Indian Medical Review
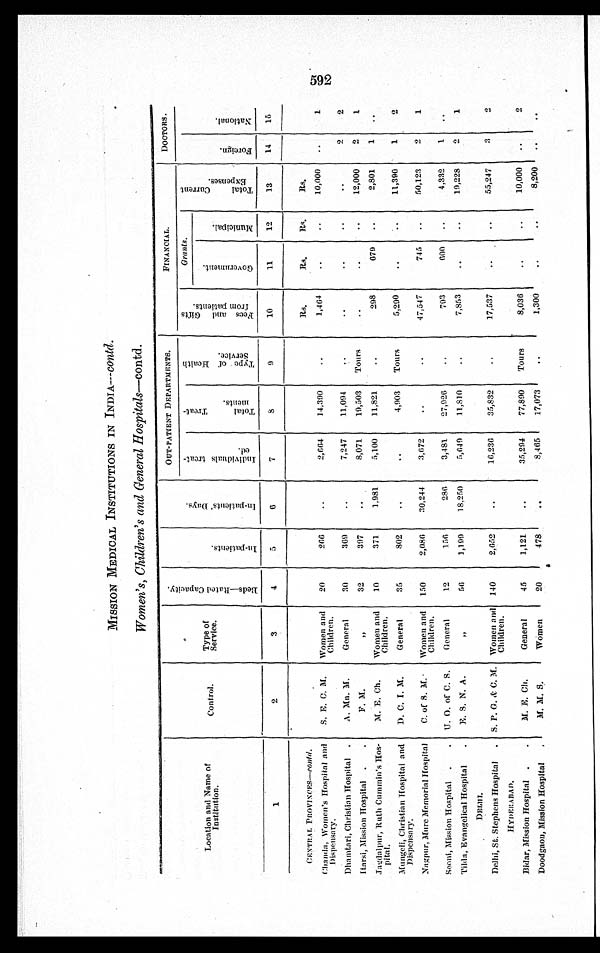
MISSION MEDICAL INSTITUTIONS IN INDIA— Contd.
Women's, Children's and General Hospitals—contd.
Location and Name of
Institution.
Control.
Type of
Service.
B e d s — R a t e d C a p a c i t y .
I n - p a t i e n t s .
I n - p a t i e n t s ' D a y s .
OUT-PATIENT DEPARTMENTS.
FINANCIAL.
DOCTORS.
I n d i v i d u a l s t r e a t -
e d .
T o t a l T r e a t -
m e n t s .
T y p e o f H e a l t h
S e r v i c e .
F e e s a n d G i f t s
f r o m p a t i e n t s .
Grants.
T o t a l C u r r e n t
E x p e n s e s .
F o r e i g n .
N a t i o n a l .
G o v e r n m e n t .
M u n i c i p a l .
1
2
3
4
5
6
7
8
9 10
11
12
13
14 15
CENTRAL PROVINCES—contd.
Rs.
Rs.
Rs.
Rs.
Chanda, Women' s Hospital and
Dispensary.
S. E. C. M. Women and
Children.
20
266
2,664 14,90
1,464
10,000
1
Dhamtari, Christian Hospital
A. Mn. M.
General
30
369
7,247 11,094
2
2
Itarsi, Mission Hospital
F. M.
„ 32
397
8,071 19,503 Tours
12,000 2
1
J a g d a l p u r , R u t h C u m m i n ' s H o s -
pital.
M. E. Ch. Women and
Children.
10
371
1,981
5,100 11,821
298
679
2,801
1
Mungeli, Christian Hospital and
Dispensary.
D. C. I. M.
General
35
802
4,903 Tours
5,290
11,390
1
2
N a g p u r , M u r e M e m o r i a l H o s p i t a l
C. of S. M. Women and
Children. 150
2,086 30,244
3,672
47,547
745
50,123
2
1
Seoni, Mission Hospital
U. O. of C. S. General
12
156
286
3,481 27,926
793
6 0 0 4,332
1
Tilda, Evangelical Hospital
E. S. N. A.
„ 56
1,199 18,250
5,649
1 1 , 8 1 0
7,853
19,228
2
1
D E L H I .
Delhi, St. Stephens Hospital
S. P. G. & C. M. Women and
Children. 140
2,652
16,236
3 5 , 8 3 2
17,537
55,247
3
2
H Y D E R A B A D .
Bidar, Mission Hospital
M. E. Ch.
General
45
1,121
35,294 77,890 Tours
8,036
10,000
2
Doodgaon, Mission Hospital
M. M. S.
Women
20
478
8,465 17,073
1,300
8,200
592